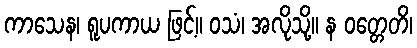
ကာသေန၊ ရူပကာယ ဖြင့်။ ဝသံ၊ အလိုသို့။ န ဝတ္တေတိ၊